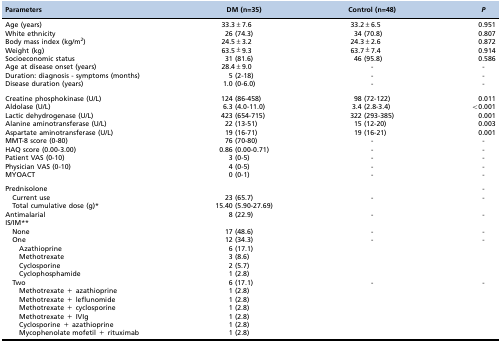
<table><thead><tr><td><b>Parameters</b></td><td><b>DM (n=35)</b></td><td><b>Control (n=48)</b></td><td><b><i>P</i></b></td></tr></thead><tbody><tr><td>Age (years)</td><td>33.3±7.6</td><td>33.2±6.5</td><td>0.951</td></tr><tr><td>White ethnicity</td><td>26 (74.3)</td><td>34 (70.8)</td><td>0.807</td></tr><tr><td>Body mass index (kg/m<sup>2</sup>)</td><td>24.5±3.2</td><td>24.3±2.6</td><td>0.872</td></tr><tr><td>Weight (kg)</td><td>63.5±9.3</td><td>63.7±7.4</td><td>0.914</td></tr><tr><td>Socioeconomic status</td><td>31 (81.6)</td><td>46 (95.8)</td><td>0.586</td></tr><tr><td>Age at disease onset (years)</td><td>28.4±9.0</td><td>-</td><td>-</td></tr><tr><td>Duration: diagnosis - symptoms (months)</td><td>5 (2-18)</td><td>-</td><td>-</td></tr><tr><td>Disease duration (years)</td><td>1.0 (0-6.0)</td><td>-</td><td>-</td></tr><tr><td>Creatine phosphokinase (U/L)</td><td>124 (86-458)</td><td>98 (72-122)</td><td>0.011</td></tr><tr><td>Aldolase (U/L)</td><td>6.3 (4.0-11.0)</td><td>3.4 (2.8-3.4)</td><td>&lt;0.001</td></tr><tr><td>Lactic dehydrogenase (U/L)</td><td>423 (654-715)</td><td>322 (293-385)</td><td>0.001</td></tr><tr><td>Alanine aminotransferase (U/L)</td><td>22 (13-51)</td><td>15 (12-20)</td><td>0.003</td></tr><tr><td>Aspartate aminotransferase (U/L)</td><td>19 (16-71)</td><td>19 (16-21)</td><td>0.001</td></tr><tr><td>MMT-8 score (0-80)</td><td>76 (70-80)</td><td>-</td><td>-</td></tr><tr><td>HAQ score (0.00-3.00)</td><td>0.86 (0.00-0.71)</td><td>-</td><td>-</td></tr><tr><td>Patient VAS (0-10)</td><td>3 (0-5)</td><td>-</td><td>-</td></tr><tr><td>Physician VAS (0-10)</td><td>4 (0-5)</td><td>-</td><td>-</td></tr><tr><td>MYOACT</td><td>0 (0-1)</td><td>-</td><td>-</td></tr><tr><td>Prednisolone</td><td></td><td></td><td>-</td></tr><tr><td> Current use</td><td>23 (65.7)</td><td>-</td><td>-</td></tr><tr><td> Total cumulative dose (g)*</td><td>15.40 (5.90-27.69)</td><td></td><td></td></tr><tr><td>Antimalarial</td><td>8 (22.9)</td><td>-</td><td>-</td></tr><tr><td>IS/IM**</td><td></td><td></td><td></td></tr><tr><td> None</td><td>17 (48.6)</td><td>-</td><td>-</td></tr><tr><td> One</td><td>12 (34.3)</td><td>-</td><td>-</td></tr><tr><td>Azathioprine</td><td>6 (17.1)</td><td></td><td></td></tr><tr><td>Methotrexate</td><td>3 (8.6)</td><td></td><td></td></tr><tr><td>Cyclosporine</td><td>2 (5.7)</td><td></td><td></td></tr><tr><td>Cyclophosphamide</td><td>1 (2.8)</td><td></td><td></td></tr><tr><td> Two</td><td>6 (17.1)</td><td>-</td><td>-</td></tr><tr><td>Methotrexate + azathioprine</td><td>1 (2.8)</td><td></td><td></td></tr><tr><td>Methotrexate + leflunomide</td><td>1 (2.8)</td><td></td><td></td></tr><tr><td>Methotrexate + cyclosporine</td><td>1 (2.8)</td><td></td><td></td></tr><tr><td>Methotrexate + IVIg</td><td>1 (2.8)</td><td></td><td></td></tr><tr><td>Cyclosporine + azathioprine</td><td>1 (2.8)</td><td></td><td></td></tr><tr><td>Mycophenolate mofetil + rituximab</td><td>1 (2.8)</td><td></td><td></td></tr></tbody></table>